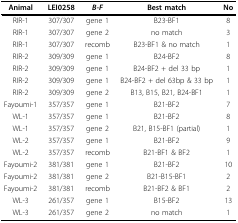
| Animal | LEI0258 | B-F | Best match | No |
 | --- | --- | --- | --- | --- |
 | RIR-1 | 307/307 | gene 1 | B23-BF1 | 8 |
 | RIR-1 | 307/307 | gene 2 | no match | 3 |
 | RIR-1 | 307/307 | recomb | B23-BF1 & no match | 1 |
 | RIR-2 | 309/309 | gene 1 | B24-BF2 | 8 |
 | RIR-2 | 309/309 | gene 1 | B24-BF2 + del 33 bp | 1 |
 | RIR-2 | 309/309 | gene 1 | B24-BF2 + del 63bp & 33 bp | 1 |
 | RIR-2 | 309/309 | gene 2 | B13, B15, B21, B24-BF1 | 1 |
 | Fayoumi-1 | 357/357 | gene 1 | B21-BF2 | 7 |
 | WL-1 | 357/357 | gene 1 | B21-BF2 | 8 |
 | WL-1 | 357/357 | gene 2 | B21, B15-BF1 (partial) | 1 |
 | WL-2 | 357/357 | gene 1 | B21-BF2 | 9 |
 | WL-2 | 357/357 | recomb | B21-BF1 & BF2 | 1 |
 | Fayoumi-2 | 381/381 | gene 1 | B21-BF2 | 10 |
 | Fayoumi-2 | 381/381 | gene 2 | B21-B15-BF1 | 2 |
 | Fayoumi-2 | 381/381 | recomb | B21-BF2 & BF1 | 2 |
 | WL-3 | 261/357 | gene 1 | B15-BF2 | 13 |
 | WL-3 | 261/357 | gene 2 | no match | 1 |